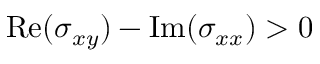
\mathrm { R e } ( \sigma _ { x y } ) - \mathrm { I m } ( \sigma _ { x x } ) > 0